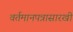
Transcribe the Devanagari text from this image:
वर्तमानपत्रासारखी